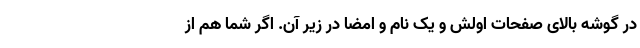
در گوشه بالای صفحات اولش و یک نام و امضا در زیر آن. اگر شما هم از